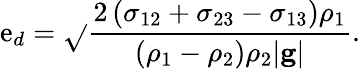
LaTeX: \mathrm{e}_{d}=\sqrt{}{{\frac{{2\left(\sigma_{12}+\sigma_{23}-\sigma_{13}\right)\rho_{1}}}{{\left(\rho_{1}-\rho_{2}\right)\rho_{2}|\mathbf{{g}}|}}}}.